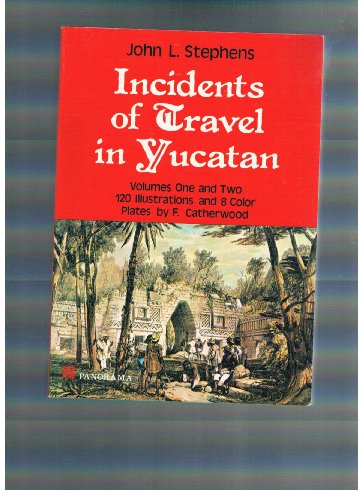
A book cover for Incidents of Travel In Yucatan; John L Stephens; Travel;